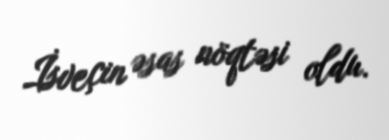
İsveçin əsas nöqtəsi oldu.